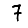
Digit: 7